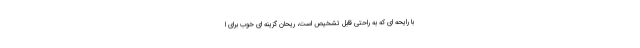
با رایحه ای که به راحتی قابل تشخیص است، ریحان گزینه ای خوب برای ا